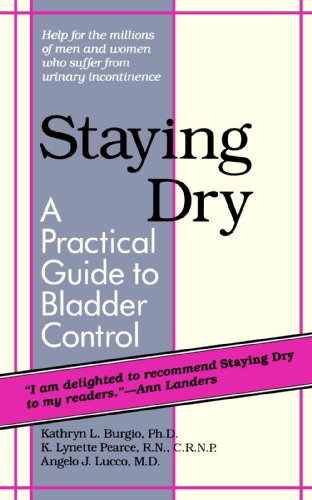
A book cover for Staying Dry: A Practical Guide to Bladder Control; Kathryn L. Burgio; Health, Fitness & Dieting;